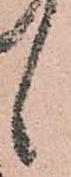
候